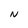
Character: N